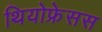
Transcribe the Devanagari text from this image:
थियोफ्रेसस